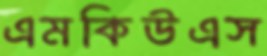
এমকিউএস